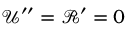
\mathcal { U } ^ { \prime \prime } = \mathcal { R } ^ { \prime } = 0